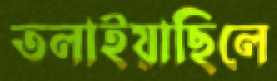
তলাইয়াছিলে